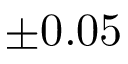
\pm 0 . 0 5